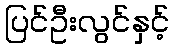
ပြင်ဦးလွင်နှင့်